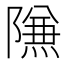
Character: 𱀶